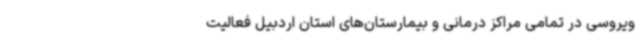
ویروسی در تمامی مراکز درمانی و بیمارستان‌های استان اردبیل فعالیت